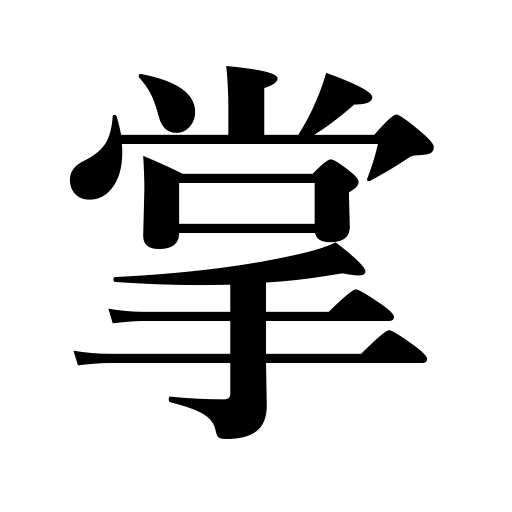
Meanings: administer,rule,conduct